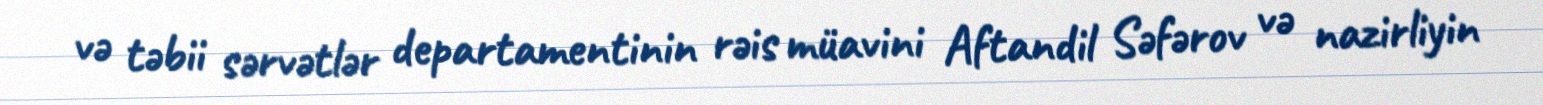
və təbii sərvətlər departamentinin rəis müavini Aftandil Səfərov və nazirliyin